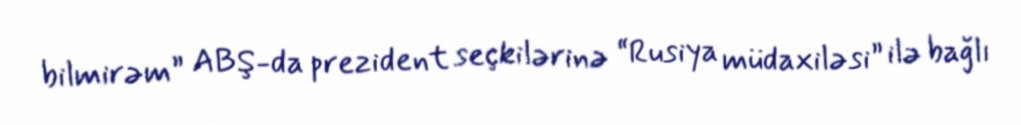
bilmirəm” ABŞ-da prezident seçkilərinə “Rusiya müdaxiləsi” ilə bağlı